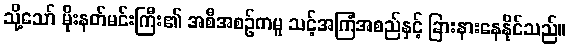
သို့သော် မိုးနတ်မင်းကြီး၏ အစီအစဉ်ကမူ သင့်အကြံအစည်နှင့် ခြားနားနေနိုင်သည်။